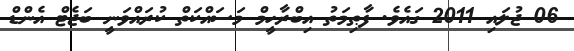
06 ޖުލައި 2011 ގައެވެ. ފާޠިމަތު އިބްރާހީމް މަސައްކަތް ކުރައްވަނީ ބަޖެޓް އެންޑް